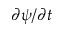
\partial \psi / \partial t